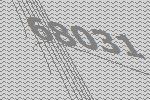
68031